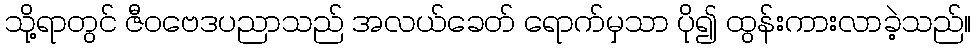
သို့ရာတွင် ဇီဝဗေဒပညာသည် အလယ်ခေတ် ရောက်မှသာ ပို၍ ထွန်းကားလာခဲ့သည်။